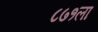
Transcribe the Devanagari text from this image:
८७१ला